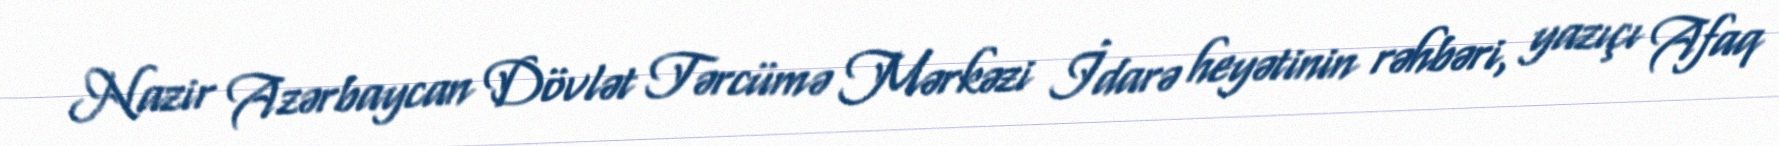
Nazir Azərbaycan Dövlət Tərcümə Mərkəzi İdarə heyətinin rəhbəri, yazıçı Afaq